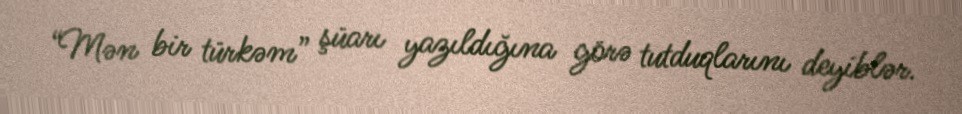
“Mən bir türkəm” şüarı yazıldığına görə tutduqlarını deyiblər.